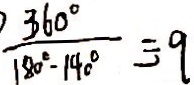
\frac { 3 6 0 ^ { \circ } } { 1 8 0 ^ { \circ } - 1 4 0 ^ { \circ } } = 9